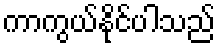
ကာကွယ်နိုင်ပါသည်